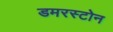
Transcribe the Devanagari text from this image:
डमरस्टोन